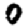
Digit: 0